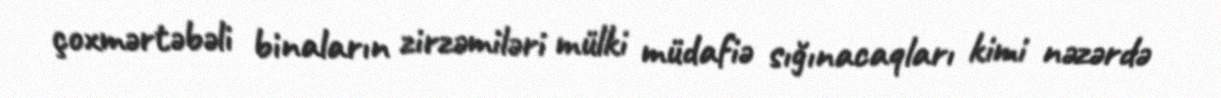
çoxmərtəbəli binaların zirzəmiləri mülki müdafiə sığınacaqları kimi nəzərdə